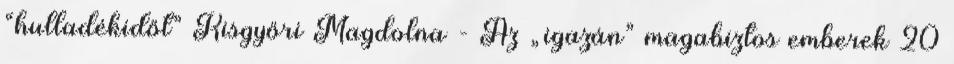
“hulladékidőt” Kisgyőri Magdolna - Az „igazán” magabiztos emberek 20